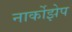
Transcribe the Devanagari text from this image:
नार्कोझेप